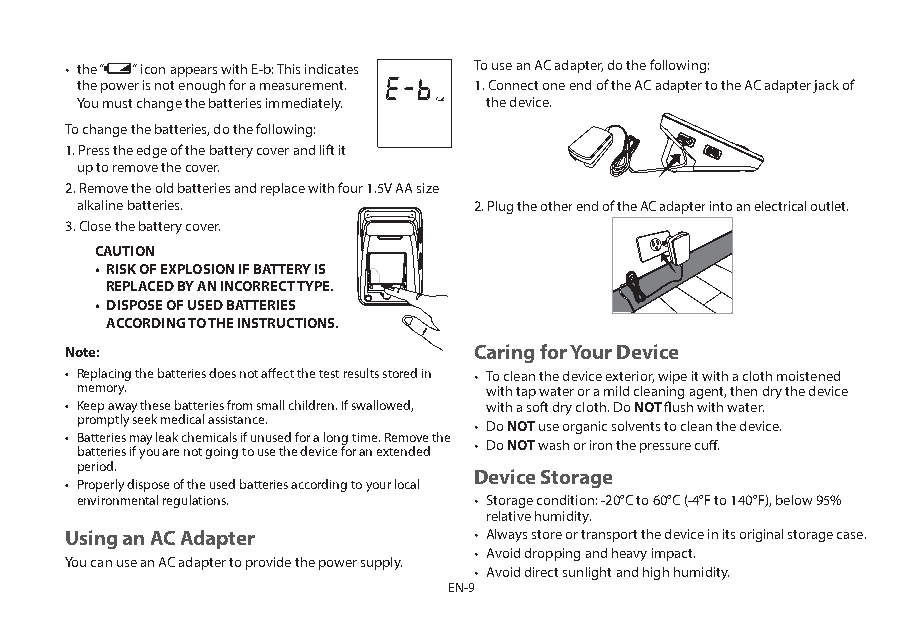
• the “ “ icon appears with E-b: This indicates To use an AC adapter, do the following:
 the power is not enough for a measurement. 1. Connect one end of the AC adapter to the AC adapter jack of
 You must change the batteries immediately. the device.
 To change the batteries, do the following:
 1. Press the edge of the battery cover and lift it
 up to remove the cover.
 2. Remove the old batteries and replace with four 1.5V AA size
 alkaline batteries.       2. Plug the other end of the AC adapter into an electrical outlet.
 3. Close the battery cover.
 CAUTION
 • RISK OF EXPLOSION IF BATTERY IS
 REPLACED BY AN INCORRECT TYPE.
 • DISPOSE OF USED BATTERIES
 ACCORDING TO THE INSTRUCTIONS.
 Note:                      Caring for Your Device
 • Replacing the batteries does not affect the test results stored in • To clean the device exterior, wipe it with a cloth moistened
 memory.                    with tap water or a mild cleaning agent, then dry the device
 • Keep away these batteries from small children. If swallowed, with a soft dry cloth. Do NOT flush with water.
 promptly seek medical assistance. • Do NOT use organic solvents to clean the device.
 • Batteries may leak chemicals if unused for a long time. Remove the
 • Do NOT wash or iron the pressure cuff.
 batteries if you are not going to use the device for an extended
 period.
 Device Storage
 • Properly dispose of the used batteries according to your local
 environmental regulations. • Storage condition: -20°C to 60°C (-4°F to 140°F), below 95%
 relative humidity.
 Using an AC Adapter        • Always store or transport the device in its original storage case.
 • Avoid dropping and heavy impact.
 You can use an AC adapter to provide the power supply.
 • Avoid direct sunlight and high humidity.
 EN-9